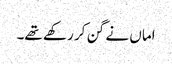
اماں نے گن کر رکھے تھے۔